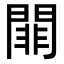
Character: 𨵈